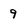
Character: 9